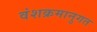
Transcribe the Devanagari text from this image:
वंशक्रमानुगत